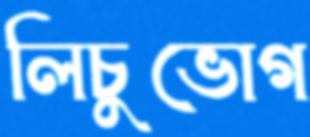
লিচুভোগ